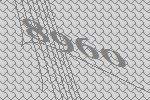
8960